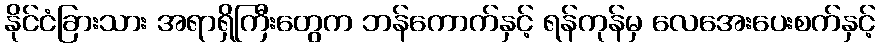
နိုင်ငံခြားသား အရာရှိကြီးတွေက ဘန်ကောက်နှင့် ရန်ကုန်မှ လေအေးပေးစက်နှင့်